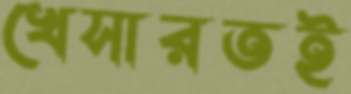
খেসারতই